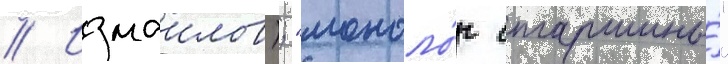
// Измаилов); "моноло́г старшины́"